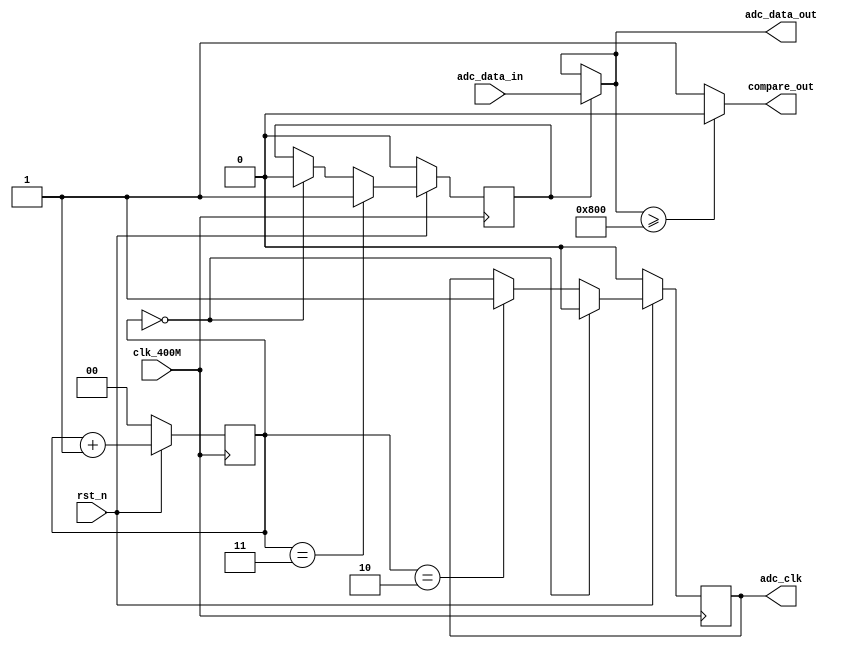
module read_adc
(
	input clk_400M,
	input rst_n,
	input [11:0] adc_data_in,
	output adc_clk,
	output [11:0] adc_data_out,
	output compare_out
);

reg adc_clk_reg;
reg read_flag;
reg [1:0] counter;

assign compare_out=(adc_data_out>=12'd2048)?1'b0:1'b1;
assign adc_clk=adc_clk_reg;
assign adc_data_out=(read_flag)?adc_data_in:adc_data_out;

always@(posedge clk_400M)
if(!rst_n)
	counter<=2'b0;
else 
	counter<=counter+1'b1;
	
always@(posedge clk_400M)
if(!rst_n)
	adc_clk_reg<=1'b0;
else if(counter==2'b0)
	adc_clk_reg<=1'b0;
else if(counter==2'd2)
	adc_clk_reg<=1'b1;
	
	
always@(posedge clk_400M)
if(!rst_n)
	read_flag<=1'b0;
else if(counter==2'd3)
	read_flag<=1'b1;
else if(counter==2'd0)
	read_flag<=1'b0;

endmodule